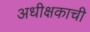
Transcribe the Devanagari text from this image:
अधीक्षकाची